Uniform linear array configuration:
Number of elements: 8
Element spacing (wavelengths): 0.75
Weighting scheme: uniform
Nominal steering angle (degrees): -15
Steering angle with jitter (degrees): -14.561
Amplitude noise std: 0.05
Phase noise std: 0.05

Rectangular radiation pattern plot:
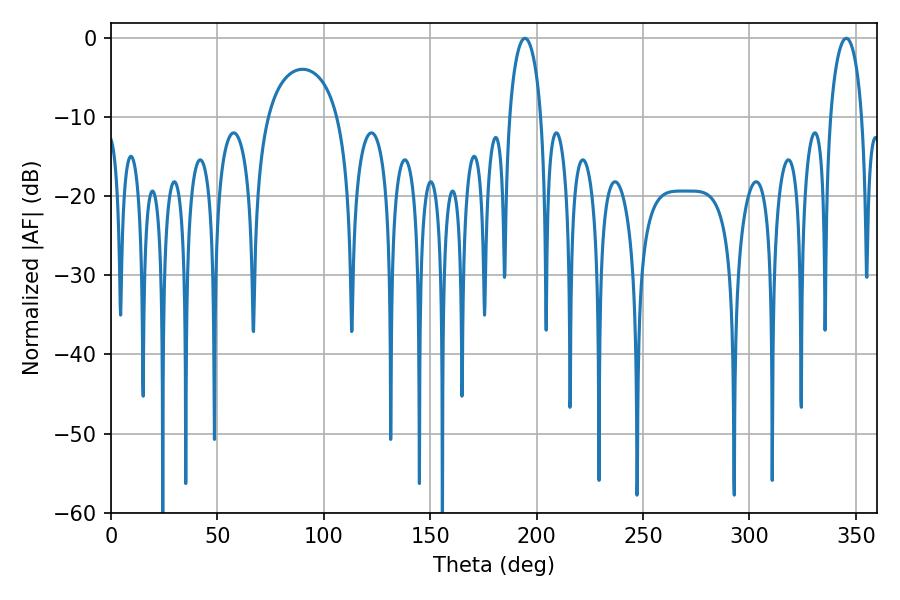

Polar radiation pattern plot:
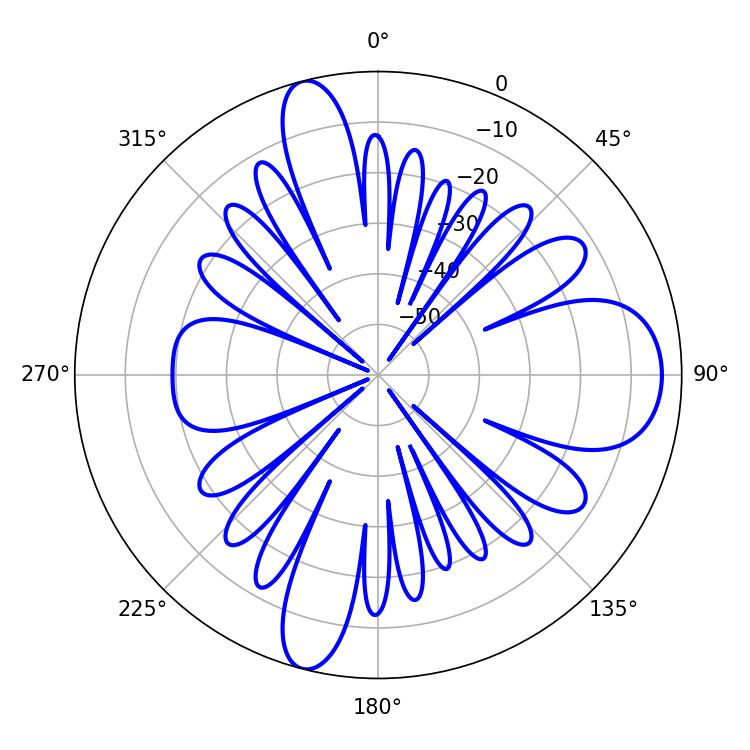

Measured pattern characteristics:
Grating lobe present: TRUE
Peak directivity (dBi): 13.198
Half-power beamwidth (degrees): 8.64
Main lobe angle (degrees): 194.58